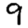
Digit: 9